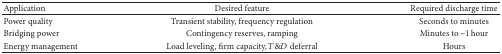
| Application | Desired feature | Required discharge time |
 | --- | --- | --- |
 | Power quality | Transient stability, frequency regulation | Seconds to minutes |
 | Bridging power | Contingency reserves, ramping | Minutes to ~1 hour |
 | Energy management | Load leveling, firm capacity, T&D deferral | Hours |